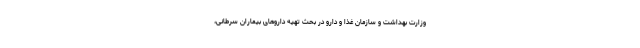
وزارت بهداشت و سازمان غذا و دارو در بحث تهیه داروهای بیماران سرطانی،